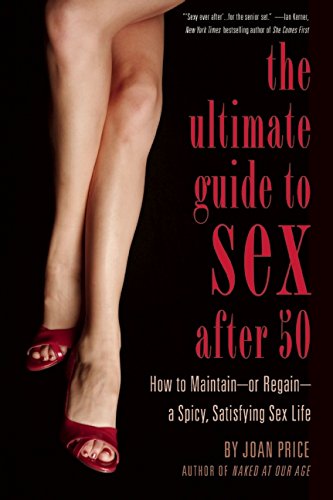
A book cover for The Ultimate Guide to Sex After Fifty: How to Maintain EE or Regain EE a Spicy, Satisfying Sex Life; Joan Price; Gay & Lesbian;